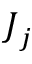
{ \boldsymbol { J } } _ { j }